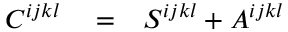
\begin{array} { r l r } { C ^ { i j k l } } & { { } = } & { S ^ { i j k l } + A ^ { i j k l } } \end{array}